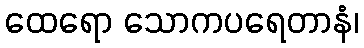
ထေရော သောကပရေတာနံ၊